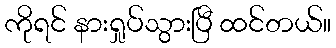
ကိုရင် နားရှုပ်သွားပြီ ထင်တယ်။